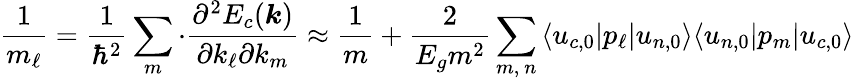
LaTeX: {\frac{1}{{m}_{\ell}}}={\frac{1}{\hbar^{2}}}\sum_{m}\cdot{\frac{\partial^{2}E_{c}({\boldsymbol{k}})}{\partial k_{\ell}\partial k_{m}}}\approx{\frac{1}{m}}+{\frac{2}{E_{g}m^{2}}}\sum_{m,\ n}{\langle u_{c,0}|p_{\ell}|u_{n,0}\rangle}{\langle u_{n,0}|p_{m}|u_{c,0}\rangle}